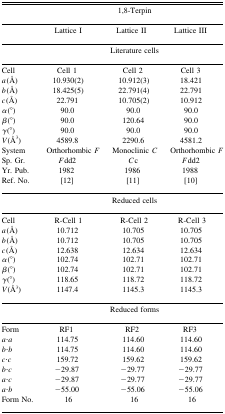
|  | <COLSPAN=3> 1,8-Terpin |
 |  | Lattice I | Lattice II | Lattice III |
 |  | <COLSPAN=3> Literature cells |
 | --- | --- | --- | --- |
 | Cell | Cell 1 | Cell 2 | Cell 3 |
 | a(Å) | 10.930(2) | 10.912(3) | 18.421 |
 | b(Å) | 18.425(5) | 22.791(4) | 22.791 |
 | c(Å) | 22.791 | 10.705(2) | 10.912 |
 | α(°) | 90.0 | 90.0 | 90.0 |
 | β(°) | 90.0 | 120.64 | 90.0 |
 | γ(°) | 90.0 | 90.0 | 90.0 |
 | V(Å3) | 4589.8 | 2290.6 | 4581.2 |
 | System | Orthorhombic F | Monoclinic C | Orthorhombic F |
 | Sp. Gr. | Fdd2 | Cc | Fdd2 |
 | Yr. Pub. | 1982 | 1986 | 1988 |
 | Ref. No. | [12] | [11] | [10] |
 |  | <COLSPAN=3> Reduced cells |
 | Cell | R-Cell 1 | R-Cell 2 | R-Cell 3 |
 | a(Å) | 10.712 | 10.705 | 10.705 |
 | b(Å) | 10.712 | 10.705 | 10.705 |
 | c(Å) | 12.638 | 12.634 | 12.634 |
 | α(°) | 102.74 | 102.71 | 102.71 |
 | β(°) | 102.74 | 102.71 | 102.71 |
 | γ(°) | 118.65 | 118.72 | 118.72 |
 | V(Å3) | 1147.4 | 1145.3 | 1145.3 |
 |  | <COLSPAN=3> Reduced forms |
 | Form | RF1 | RF2 | RF3 |
 | A·a | 114.75 | 114.60 | 114.60 |
 | b·b | 114.75 | 114.60 | 114.60 |
 | c·c | 159.72 | 159.62 | 159.62 |
 | b·c | −29.87 | −29.77 | −29.77 |
 | a·c | −29.87 | −29.77 | −29.77 |
 | a·b | −55.00 | −55.06 | −55.06 |
 | Form No. | 16 | 16 | 16 |